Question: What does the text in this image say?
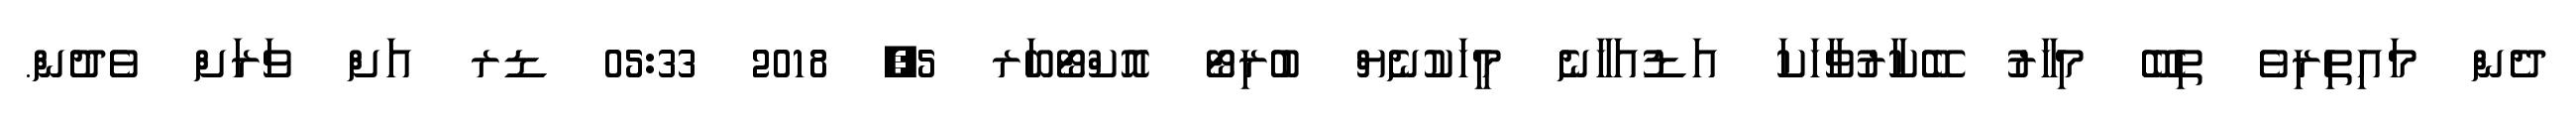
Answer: ދެން މައިތިރިވެ ތިބޭ މިހާރު ބޭކާރުވާހަކަ އަޑުއަހާނެ މީހަކުނެޔް ބުރިޓޯ އޮކްޓޯބަރ 5, 2018 05:33 ޑރ އަށް ވަރަށް ވެދުން.